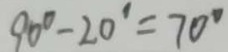
9 0 ^ { \circ } - 2 0 ^ { \circ } = 7 0 ^ { \circ }